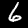
Digit: 6